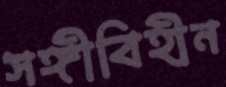
সঙ্গীবিহীন